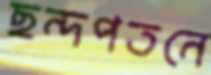
ছন্দপতনে